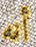
أنه